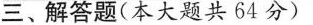
三、解答题(本大题共64分)